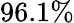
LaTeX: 96.1\%